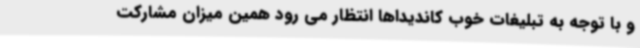
و با توجه به تبلیغات خوب کاندیداها انتظار می رود همین میزان مشارکت